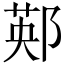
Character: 䣐